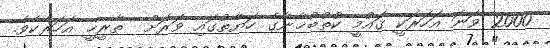
2000 ވަނަ އަހަރަކީ ޤައުމީ ކުތުބުޚާނާގެ ހަޔާތުގައި ވަރަށް  ތާރީޚީ އަހަރެކެވެ.